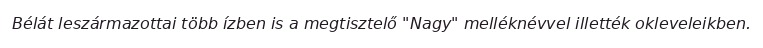
Bélát leszármazottai több ízben is a megtisztelő "Nagy" melléknévvel illették okleveleikben.